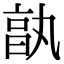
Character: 𠅩